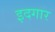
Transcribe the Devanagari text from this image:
इदगार